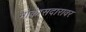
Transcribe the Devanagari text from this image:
मोकासदारावर